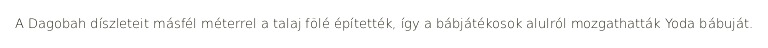
A Dagobah díszleteit másfél méterrel a talaj fölé építették, így a bábjátékosok alulról mozgathatták Yoda bábuját.